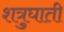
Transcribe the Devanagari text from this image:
शत्रुघाती